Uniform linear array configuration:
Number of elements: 16
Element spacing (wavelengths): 0.5
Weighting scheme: uniform
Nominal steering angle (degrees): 15
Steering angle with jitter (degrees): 13.529
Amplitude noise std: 0.05
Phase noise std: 0.05

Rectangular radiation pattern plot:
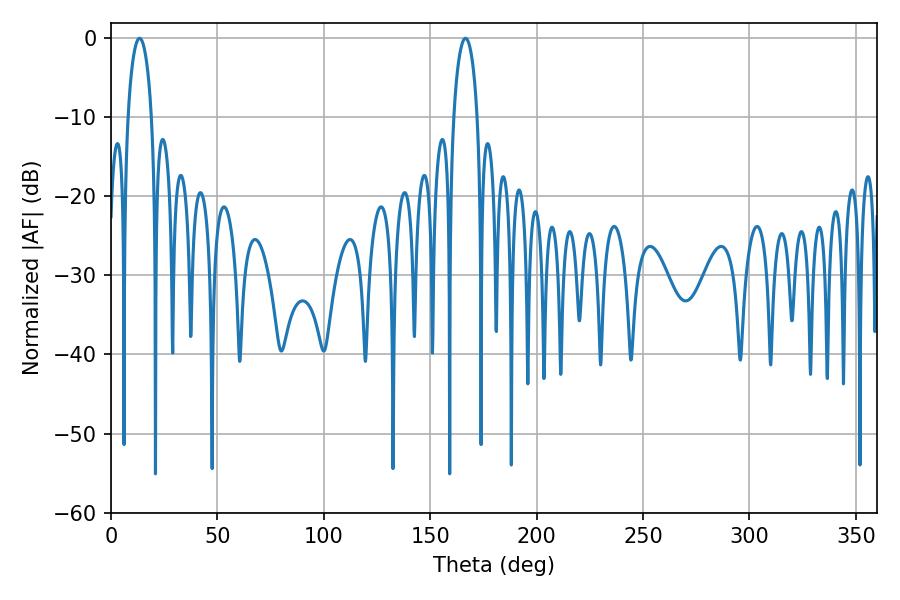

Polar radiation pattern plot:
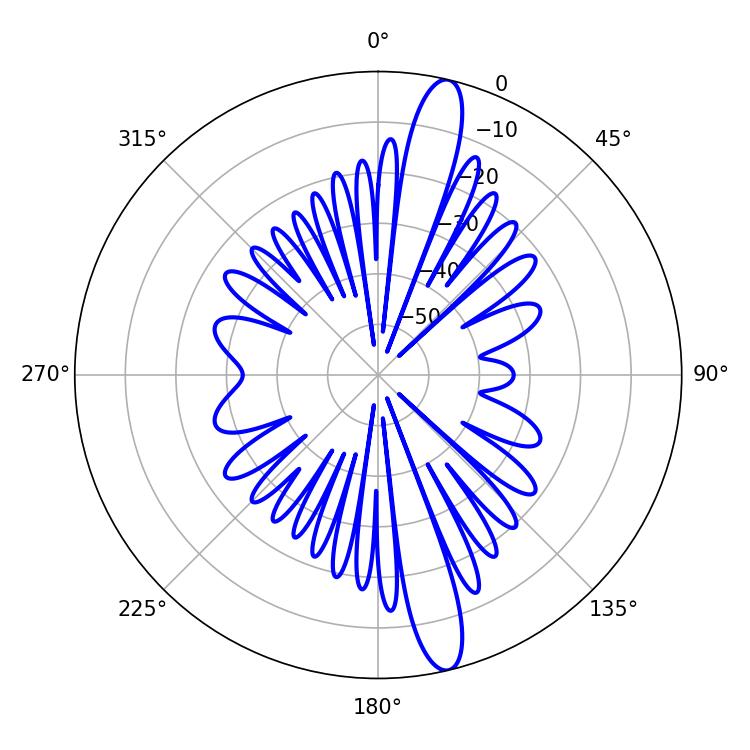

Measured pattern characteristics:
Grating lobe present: FALSE
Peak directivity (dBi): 15.315
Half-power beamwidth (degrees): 6.3
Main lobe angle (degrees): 13.5